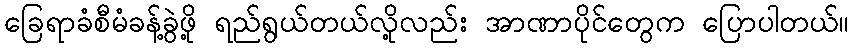
ခြေရာခံစီမံခန့်ခွဲဖို့ ရည်ရွယ်တယ်လို့လည်း အာဏာပိုင်တွေက ပြောပါတယ်။